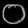
Digit: ၀